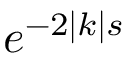
e ^ { - 2 | k | s }